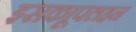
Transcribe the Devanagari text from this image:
इसकाूपलहन